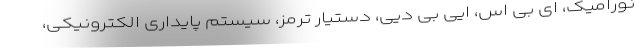
نورامیک، ای بی اس، ایی بی دیی، دستیار ترمز، سیستم پایداری الکترونیکی،